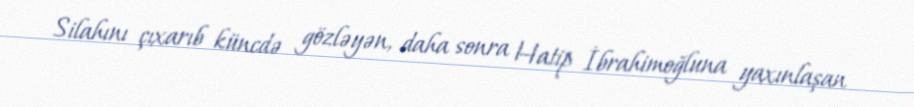
Silahını çıxarıb küncdə gözləyən, daha sonra Hatip İbrahimoğluna yaxınlaşan